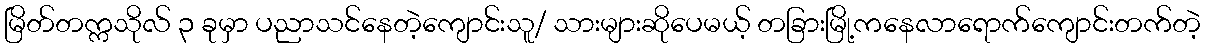
မြိတ်တက္ကသိုလ် ၃ ခုမှာ ပညာသင်နေတဲ့ကျောင်းသူ/ သားများဆိုပေမယ့် တခြားမြို့ကနေလာရောက်ကျောင်းတက်တဲ့